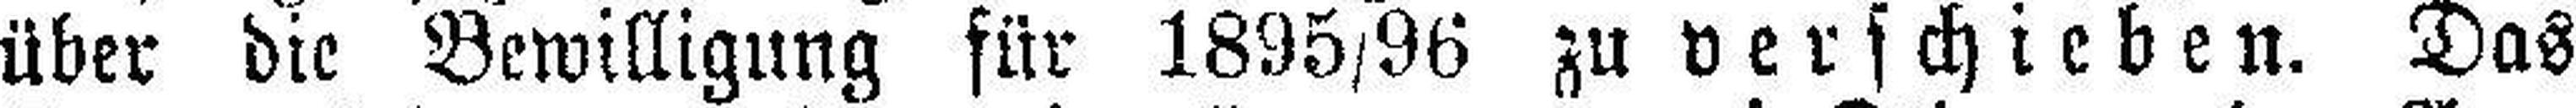
über die Bewilligung für 1895/96 zu verschieben. Das